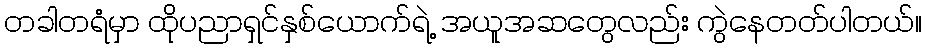
တခါတရံမှာ ထိုပညာရှင်နှစ်ယောက်ရဲ့ အယူအဆတွေလည်း ကွဲနေတတ်ပါတယ်။